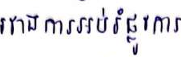
រវាងការអប់រំផ្លូវការ